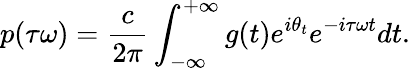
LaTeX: p(\tau\omega)=\frac{c}{2\pi}\int_{-\infty}^{+\infty}g(t)e^{i\theta_{t}}e^{-i\tau\omega t}dt.